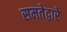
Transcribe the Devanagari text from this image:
समतेद्वारे